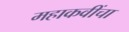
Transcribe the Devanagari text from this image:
महाकवींचा